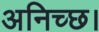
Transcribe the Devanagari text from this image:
अनिच्छ।